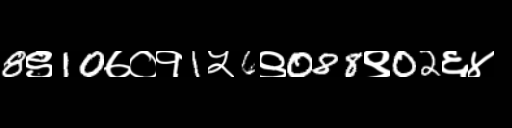
Text: 8९10७०१1५6९088९02६४